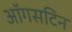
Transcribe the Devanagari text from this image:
ऑगसटिन